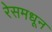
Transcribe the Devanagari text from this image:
रेसमधून